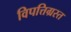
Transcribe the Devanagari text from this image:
विपत्तिग्रस्त